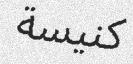
كنیسة